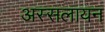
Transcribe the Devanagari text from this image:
अस्सलायन